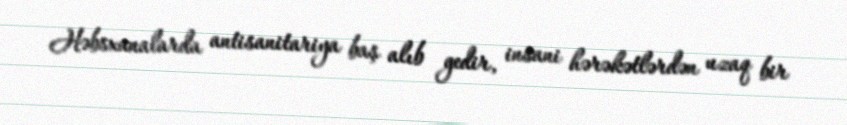
Həbsxanalarda antisanitariya baş alıb gedir, insani hərəkətlərdən uzaq bir